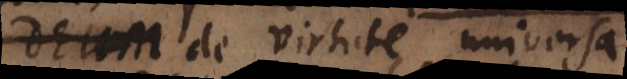
Deum de virtute universa